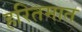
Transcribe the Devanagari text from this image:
हरितमात